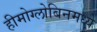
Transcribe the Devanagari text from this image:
हीमोग्लोबिनमध्ये